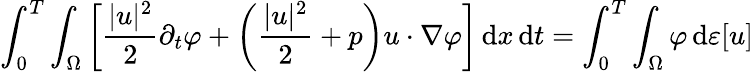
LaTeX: \int_{0}^{T}\int_{\Omega}\left[\frac{|u|^{2}}{2}\partial_{t}\varphi+\left(\frac{|u|^{2}}{2}+p\right)u\cdot\nabla\varphi\right]\, \mathrm{d}x\, \mathrm{d}t=\int_{0}^{T}\int_{\Omega}\varphi\, \mathrm{d}\varepsilon[u]